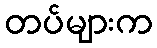
တပ်များက